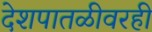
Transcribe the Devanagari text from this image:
देशपातळीवरही